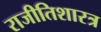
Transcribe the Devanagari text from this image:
राजीतिशारत्र